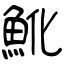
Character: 魤